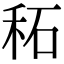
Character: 䄷